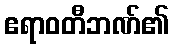
ဧရာဝတီဘဏ်၏